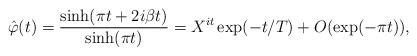
LaTeX: \begin{align*}\hat{\varphi}(t)=\frac{\sinh(\pi t+2i\beta t)}{\sinh(\pi t)}=X^{it}\exp(-t/T)+O(\exp(-\pi t)),\end{align*}